Vaccine operations Central Provinces & Berar 1922-1929 - 1922-1929
Year: 1922
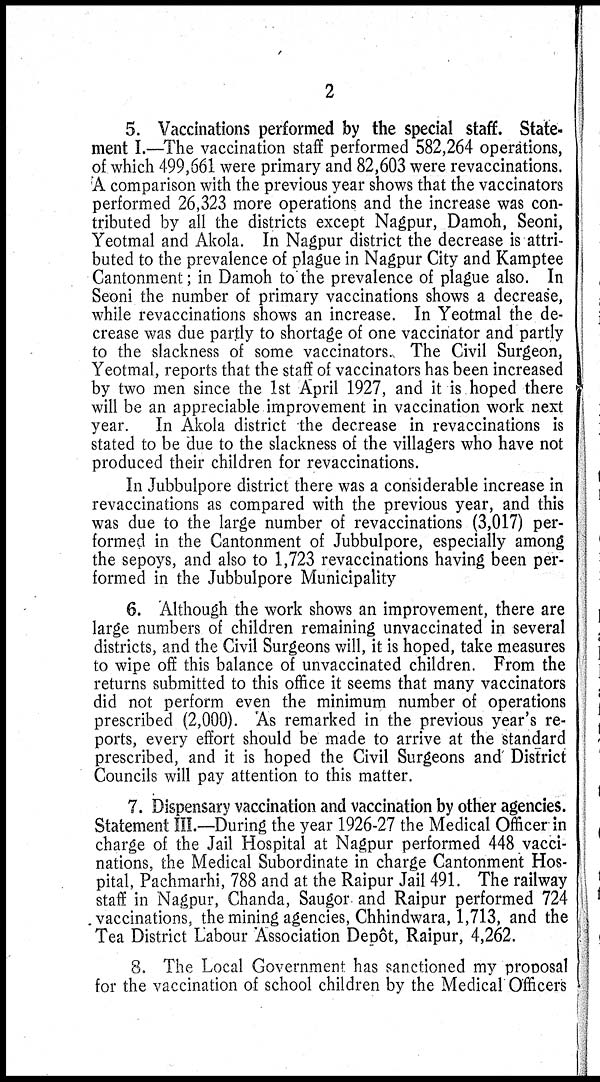
2
5. Vaccinations performed by the special staff. State-
ment I.—The vaccination staff performed 582,264 operations,
of which 499,661 were primary and 82,603 were revaccinations.
A comparison with the previous year shows that the vaccinators
performed 26,323 more operations and the increase was con-
tributed by all the districts except Nagpur, Damoh, Seoni,
Yeotmal and Akola. In Nagpur district the decrease is attri-
buted to the prevalence of plague in Nagpur City and Kamptee
Cantonment; in Damoh to the prevalence of plague also. In
Seoni the number of primary vaccinations shows a decrease,
while revaccinations shows an increase. In Yeotmal the de-
crease was due partly to shortage of one vaccinator and partly
to the slackness of some vaccinators. The Civil Surgeon,
Yeotmal, reports that the staff of vaccinators has been increased
by two men since the 1st April 1927, and it is hoped there
will be an appreciable improvement in vaccination work next
year. In Akola district the decrease in revaccinations is
stated to be due to the slackness of the villagers who have not
produced their children for revaccinations.
In Jubbulpore district there was a considerable increase in
revaccinations as compared with the previous year, and this
was due to the large number of revaccinations (3,017) per-
formed in the Cantonment of Jubbulpore, especially among
the sepoys, and also to 1,723 revaccinations having been per-
formed in the Jubbulpore Municipality
6. Although the work shows an improvement, there are
large numbers of children remaining unvaccinated in several
districts, and the Civil Surgeons will, it is hoped, take measures
to wipe off this balance of unvaccinated children. From the
returns submitted to this office it seems that many vaccinators
did not perform even the minimum number of operations
prescribed (2,000). As remarked in the previous year's re-
ports, every effort should be made to arrive at the standard
prescribed, and it is hoped the Civil Surgeons and' District
Councils will pay attention to this matter.
7. Dispensary vaccination and vaccination by other agencies.
Statement III.—During the year 1926-27 the Medical Officer in
charge of the Jail Hospital at Nagpur performed 448 vacci-
nations, the Medical Subordinate in charge Cantonment Hos-
pital, Pachmarhi, 788 and at the Raipur Jail 491. The railway
staff in Nagpur, Chanda, Saugor and Raipur performed 724
vaccinations, the mining agencies, Chhindwara, 1,713, and the
Tea District Labour Association Depôt, Raipur, 4,262.
8. The Local Government has sanctioned my proposal
for the vaccination of school children by the Medical Officers